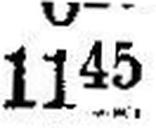
1145